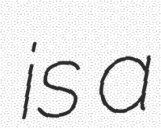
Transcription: is a